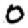
Digit: 0